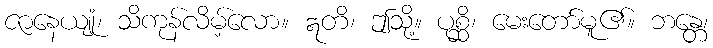
ဇာနေယျုံ၊ သိကုန်လိမ့်လော။ ဣတိ၊ ဤသို့။ ပုစ္ဆိ၊ မေးတော်မူ၏။ ဘန္တေ၊